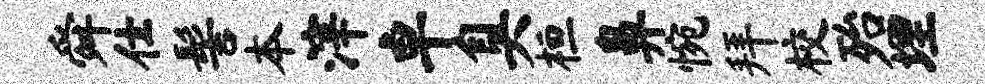
舜仕髻本滓卓臭桓鼻惋拜校殆埋